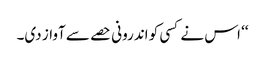
‘‘ اس نے کسی کو اندرونی حصے سے آواز دی۔